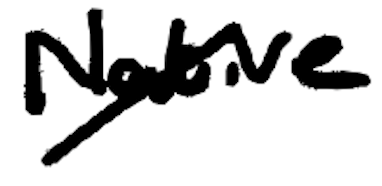
Text: Native
Cross-out: diagonal
Writing tool: digital_black